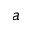
a